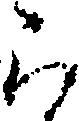
ら